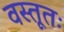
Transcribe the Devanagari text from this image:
वस्तूतः